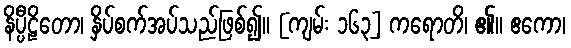
နိပ္ပီဠိတော၊ နှိပ်စက်အပ်သည်ဖြစ်၍။ [ကျမ်း ၁၆၃] ကရောတိ၊ ၏။ ဧကော၊